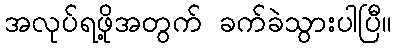
အလုပ်ရဖို့အတွက် ခက်ခဲသွားပါပြီ။